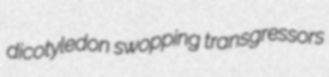
dicotyledon swopping transgressors